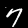
Label: 7